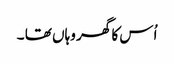
اُس کا گھر وہاں تھا ۔